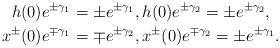
LaTeX: \begin{align*}h(0)e^{\pm \gamma_1}& =\pm e^{\pm \gamma_1}, h(0)e^{\pm \gamma_2} =\pm e^{\pm \gamma_2},\\x^{\pm}(0)e^{\mp\gamma_1}&=\mp e^{\pm\gamma_2}, x^{\pm}(0)e^{\mp\gamma_2}=\pm e^{\pm\gamma_1}.\end{align*}